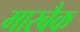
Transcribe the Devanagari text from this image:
मारबैक